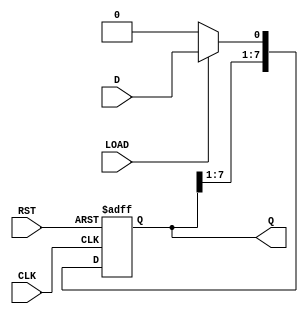
module ParameterizedShiftRegister #(
    parameter N = 8  // Parameter to define the width of the shift register
) (
    input wire D,          // Data input
    input wire CLK,        // Clock signal
    input wire RST,        // Asynchronous reset
    input wire LOAD,       // Load signal
    output reg [N-1:0] Q   // Data output
);

    // Internal storage for the shift register
    reg [N-1:0] shift_reg;

    // Always block triggered on the rising edge of the clock
    always @(posedge CLK or posedge RST) begin
        if (RST) begin
            // Asynchronous reset: clear the shift register
            shift_reg <= {N{1'b0}}; // Set all bits to zero
        end else if (LOAD) begin
            // Load new data into the least significant bit (LSB)
            shift_reg <= {shift_reg[N-1:1], D}; // Shift right and load D
        end else begin
            // Shift right: discard the least significant bit (LSB)
            shift_reg <= {shift_reg[N-1:1], 1'b0}; // Shift right and fill LSB with 0
        end
    end

    // Assign the internal shift register to the output
    assign Q = shift_reg;

endmodule